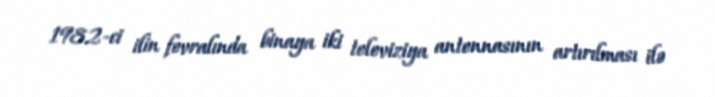
1982-ci ilin fevralında binaya iki televiziya antennasının artırılması ilə